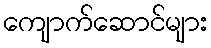
ကျောက်ဆောင်များ